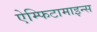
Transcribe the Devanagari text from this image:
ऐम्फिटामाइन्स